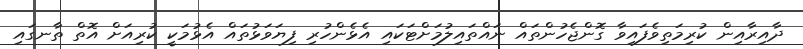
ދާއިރާއިން ކުރިމަތިވެފައިވާ ގޮންޖެހުންތައް ނައްތައިލުމަށްޓަކައި އެޅެންހުރި ފިޔަވަޅުތައް އެޅުމަކީ ކުރިއަށް އޮތް ތާނގައި